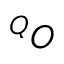
^ Q O